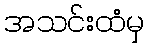
အသင်းထံမှ